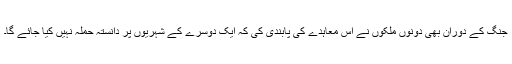
جنگ کے دوران بھی دونوں ملکوں نے اس معاہدے کی پابندی کی کہ ایک دوسرے کے شہریوں پر دانستہ حملہ نہیں کیا جائے گا۔